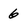
Character: 6